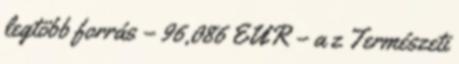
legtöbb forrás – 96,086 EUR – a z Természeti